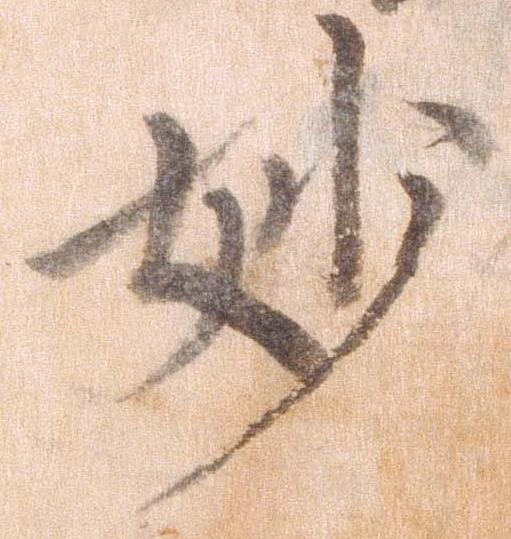
妙